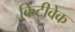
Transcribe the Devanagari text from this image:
किटीवेक